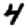
Digit: 4